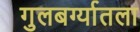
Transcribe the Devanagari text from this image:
गुलबर्ग्यातला